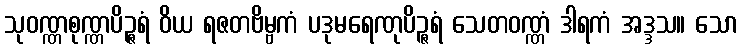
သုဝဏ္ဏစုဏ္ဏပိဉ္ဇရံ ဝိယ ရဇတဗိမ္ဗကံ ပဒုမရေဏုပိဉ္ဇရံ သေတဝဏ္ဏံ ဒါရကံ အဒ္ဒသ။ သော